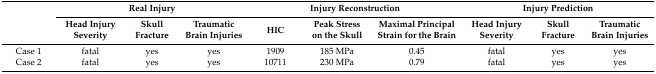
| <ROWSPAN=2>  | <COLSPAN=3> Real Injury | <COLSPAN=3> Injury Reconstruction | <COLSPAN=3> Injury Prediction |
 | Head Injury Severity | Skull Fracture | Traumatic Brain Injuries | HIC | Peak Stress on the Skull | Maximal Principal Strain for the Brain | Head Injury Severity | Skull Fracture | Traumatic Brain Injuries |
 | --- | --- | --- | --- | --- | --- | --- | --- | --- | --- |
 | Case 1 | fatal | yes | yes | 1909 | 185 MPa | 0.45 | fatal | yes | yes |
 | Case 2 | fatal | yes | yes | 10711 | 230 MPa | 0.79 | fatal | yes | yes |